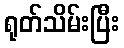
ရုတ်သိမ်းပြီး